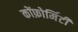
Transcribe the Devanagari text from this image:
कोंफ़ोर्मिटी